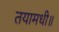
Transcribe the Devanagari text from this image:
तयामधी॥